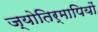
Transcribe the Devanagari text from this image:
ज्योतिर्मापियों